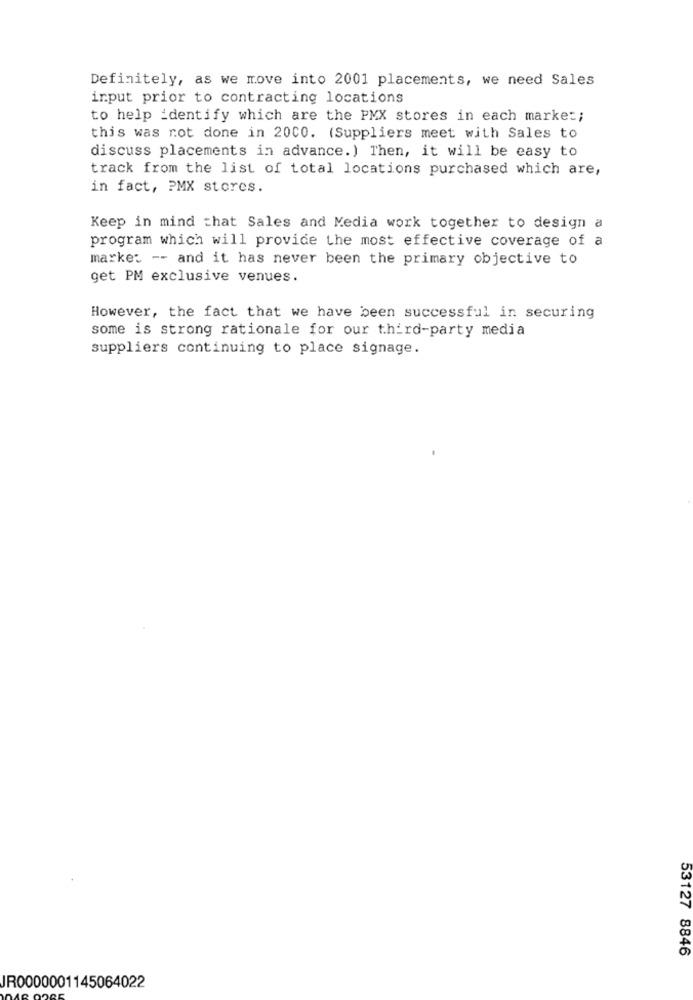
Definitely, as we move into 2001 placements, we need Sales
input prior to contracting locations
to help identify which are the PMX stores in each market;
this was not done in 2000. (Suppliers meet with Sales to
discuss placements in advance. ) Then, it will be easy to
track from the list of total locations purchased which are,
in fact, PMX stores.
Keep in mind that Sales and Media work together to design a
program which will provide the most effective coverage of a
market -- and it has never been the primary objective to
get PM exclusive venues.
However, the fact that we have been successful in securing
some is strong rationale for our third-party media
suppliers continuing to place signage.
53127 8846
JR0000001145064022